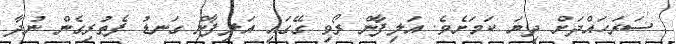
ސަރަހައްދަށް ދިޔަ ކަމަށެވެ. އަލިފާން ރޯވި ގޭގައި އަލިފާން ގަނޑު ފެތުރިގެން ނުދާ